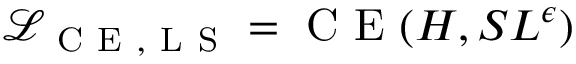
\mathcal { L } _ { \mathrm { ~ C ~ E ~ , ~ L ~ S ~ } } = \mathrm { ~ C ~ E ~ } ( H , S L ^ { \epsilon } )